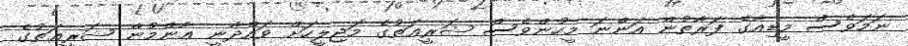
ނަމަވެސް މީޑިއާގެ ފަރާތުން އަންނަ މީހުންވެސް ޝަރީޢަތުގެ މަޖިލީހަށް ވައްދާނީ ޢާންމުން ޝަރީޢަތުގެ